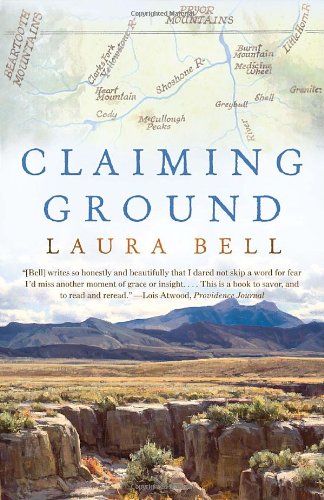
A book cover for Claiming Ground; Laura Bell; Science & Math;